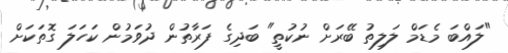
"ލައްބަ މެޑަމް ލަލިތު ބޭރަށް ނުކުތީ" ބަދިގެ ފަރާތުން ދުވަމުން ކަހަލަ ގޮތަކަށް